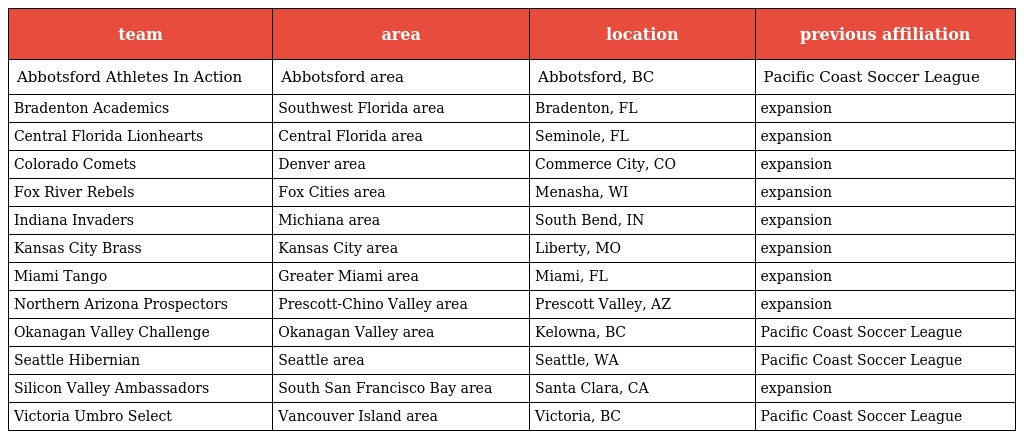
| team | area | location | previous affiliation |
 | --- | --- | --- | --- |
 | Abbotsford Athletes In Action | Abbotsford area | Abbotsford, BC | Pacific Coast Soccer League |
 | Bradenton Academics | Southwest Florida area | Bradenton, FL | expansion |
 | Central Florida Lionhearts | Central Florida area | Seminole, FL | expansion |
 | Colorado Comets | Denver area | Commerce City, CO | expansion |
 | Fox River Rebels | Fox Cities area | Menasha, WI | expansion |
 | Indiana Invaders | Michiana area | South Bend, IN | expansion |
 | Kansas City Brass | Kansas City area | Liberty, MO | expansion |
 | Miami Tango | Greater Miami area | Miami, FL | expansion |
 | Northern Arizona Prospectors | Prescott-Chino Valley area | Prescott Valley, AZ | expansion |
 | Okanagan Valley Challenge | Okanagan Valley area | Kelowna, BC | Pacific Coast Soccer League |
 | Seattle Hibernian | Seattle area | Seattle, WA | Pacific Coast Soccer League |
 | Silicon Valley Ambassadors | South San Francisco Bay area | Santa Clara, CA | expansion |
 | Victoria Umbro Select | Vancouver Island area | Victoria, BC | Pacific Coast Soccer League |